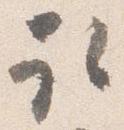
取